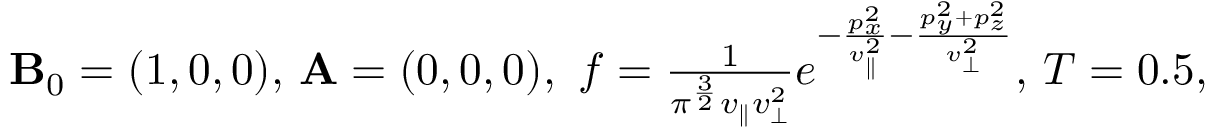
\begin{array} { r } { { \mathbf { B } } _ { 0 } = ( 1 , 0 , 0 ) , \, { \mathbf A } = ( 0 , 0 , 0 ) , \ f = \frac { 1 } { \pi ^ { \frac { 3 } { 2 } } v _ { \parallel } v _ { \perp } ^ { 2 } } e ^ { - \frac { p _ { x } ^ { 2 } } { v _ { \parallel } ^ { 2 } } - \frac { p _ { y } ^ { 2 } + p _ { z } ^ { 2 } } { v _ { \perp } ^ { 2 } } } , \, T = 0 . 5 , } \end{array}